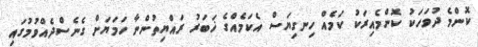
ކޮންމެ ދުވަހަކު ކޮންމެއިރަކު ކަމެއް ހިނގިޔަސް އެކަމެއްގެ ޚަބަރު ރައްޔިތުންނާ ހަމަޔަށް ގެނެސްދެއްވުމުގައި